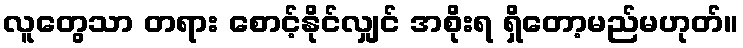
လူတွေသာ တရား စောင့်နိုင်လျှင် အစိုးရ ရှိတော့မည်မဟုတ်။